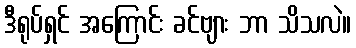
ဒီရုပ်ရှင် အကြောင်း ခင်ဗျား ဘာ သိသလဲ။